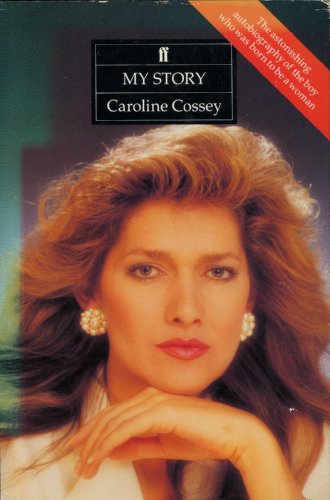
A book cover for My Story; Caroline Cossey; Gay & Lesbian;